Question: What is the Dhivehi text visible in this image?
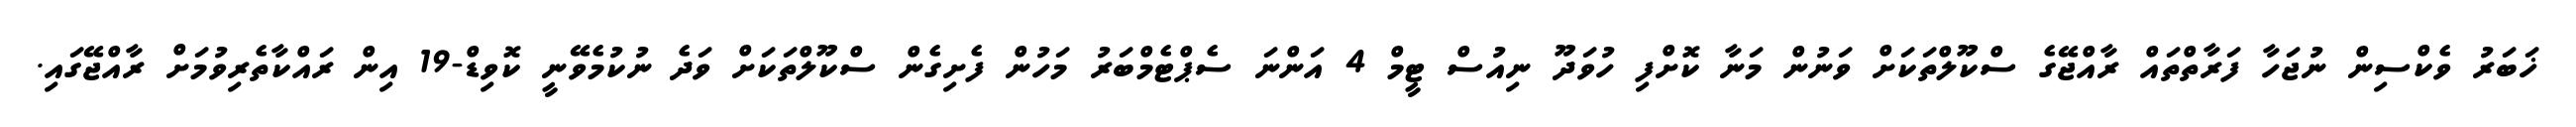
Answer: ޚަބަރު ވެކްސިން ނުޖަހާ ފަރާތްތައް ރާއްޖޭގެ ސްކޫލްތަކަށް ވަނުން މަނާ ކޮށްފި ހުވަދޫ ނިއުސް ޓީމް 4 އަންނަ ސެޕްޓެމްބަރު މަހުން ފެށިގެން ސްކޫލްތަކަށް ވަދެ ނުކުމެވޭނީ ކޮވިޑް-19 އިން ރައްކާތެރިވުމަށް ރާއްޖޭގައި.